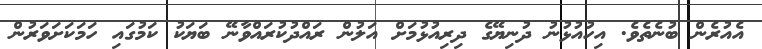
އެއުރެން ބުނެތެވެ. އިހުއުޅުނު ދުނިޔޭގެ ދިރިއުޅުމަށް އަލުން ރައްދުކުރައްވާނޭ ބަޔަކު ކަމުގައި ހަމަކަށަވަރުން